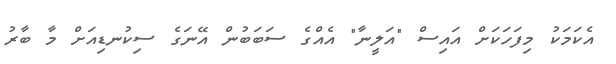
އެކަމަކު މިފަހަކަށް އައިސް "އަލީނާ" އެއްގެ ސަބަބުން އޭނަގެ ސިކުނޑިއަށް މާ ބާރު